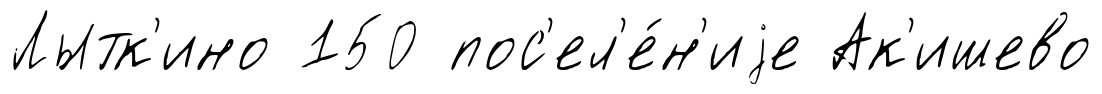
Лытк'ино 150 пос'ел'е́н'иjе Ак'ишево